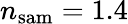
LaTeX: n_{\mathrm{sam}}=1.4